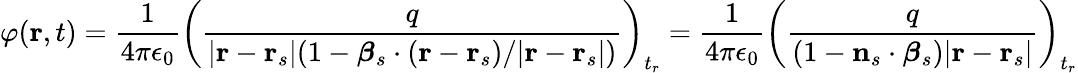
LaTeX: \varphi(\mathbf{r},t)={\frac{1}{4\pi\epsilon_{0}}}\left({\frac{q}{|\mathbf{r}-\mathbf{r}_{s}|(1-{\boldsymbol{\beta}}_{s}\cdot(\mathbf{r}-\mathbf{r}_{s})/|\mathbf{r}-\mathbf{r}_{s}|)}}\right)_{t_{r}}={\frac{1}{4\pi\epsilon_{0}}}\left({\frac{q}{(1-\mathbf{n}_{s}\cdot{\boldsymbol{\beta}}_{s})|\mathbf{r}-\mathbf{r}_{s}|}}\right)_{t_{r}}